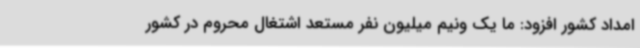
امداد کشور افزود: ما یک ونیم میلیون نفر مستعد اشتغال محروم در کشور